Bréfritari: Þórarinn Stefánsson
Dagsetning: A-1926-09-12
Skrifað á: Vesturheimi

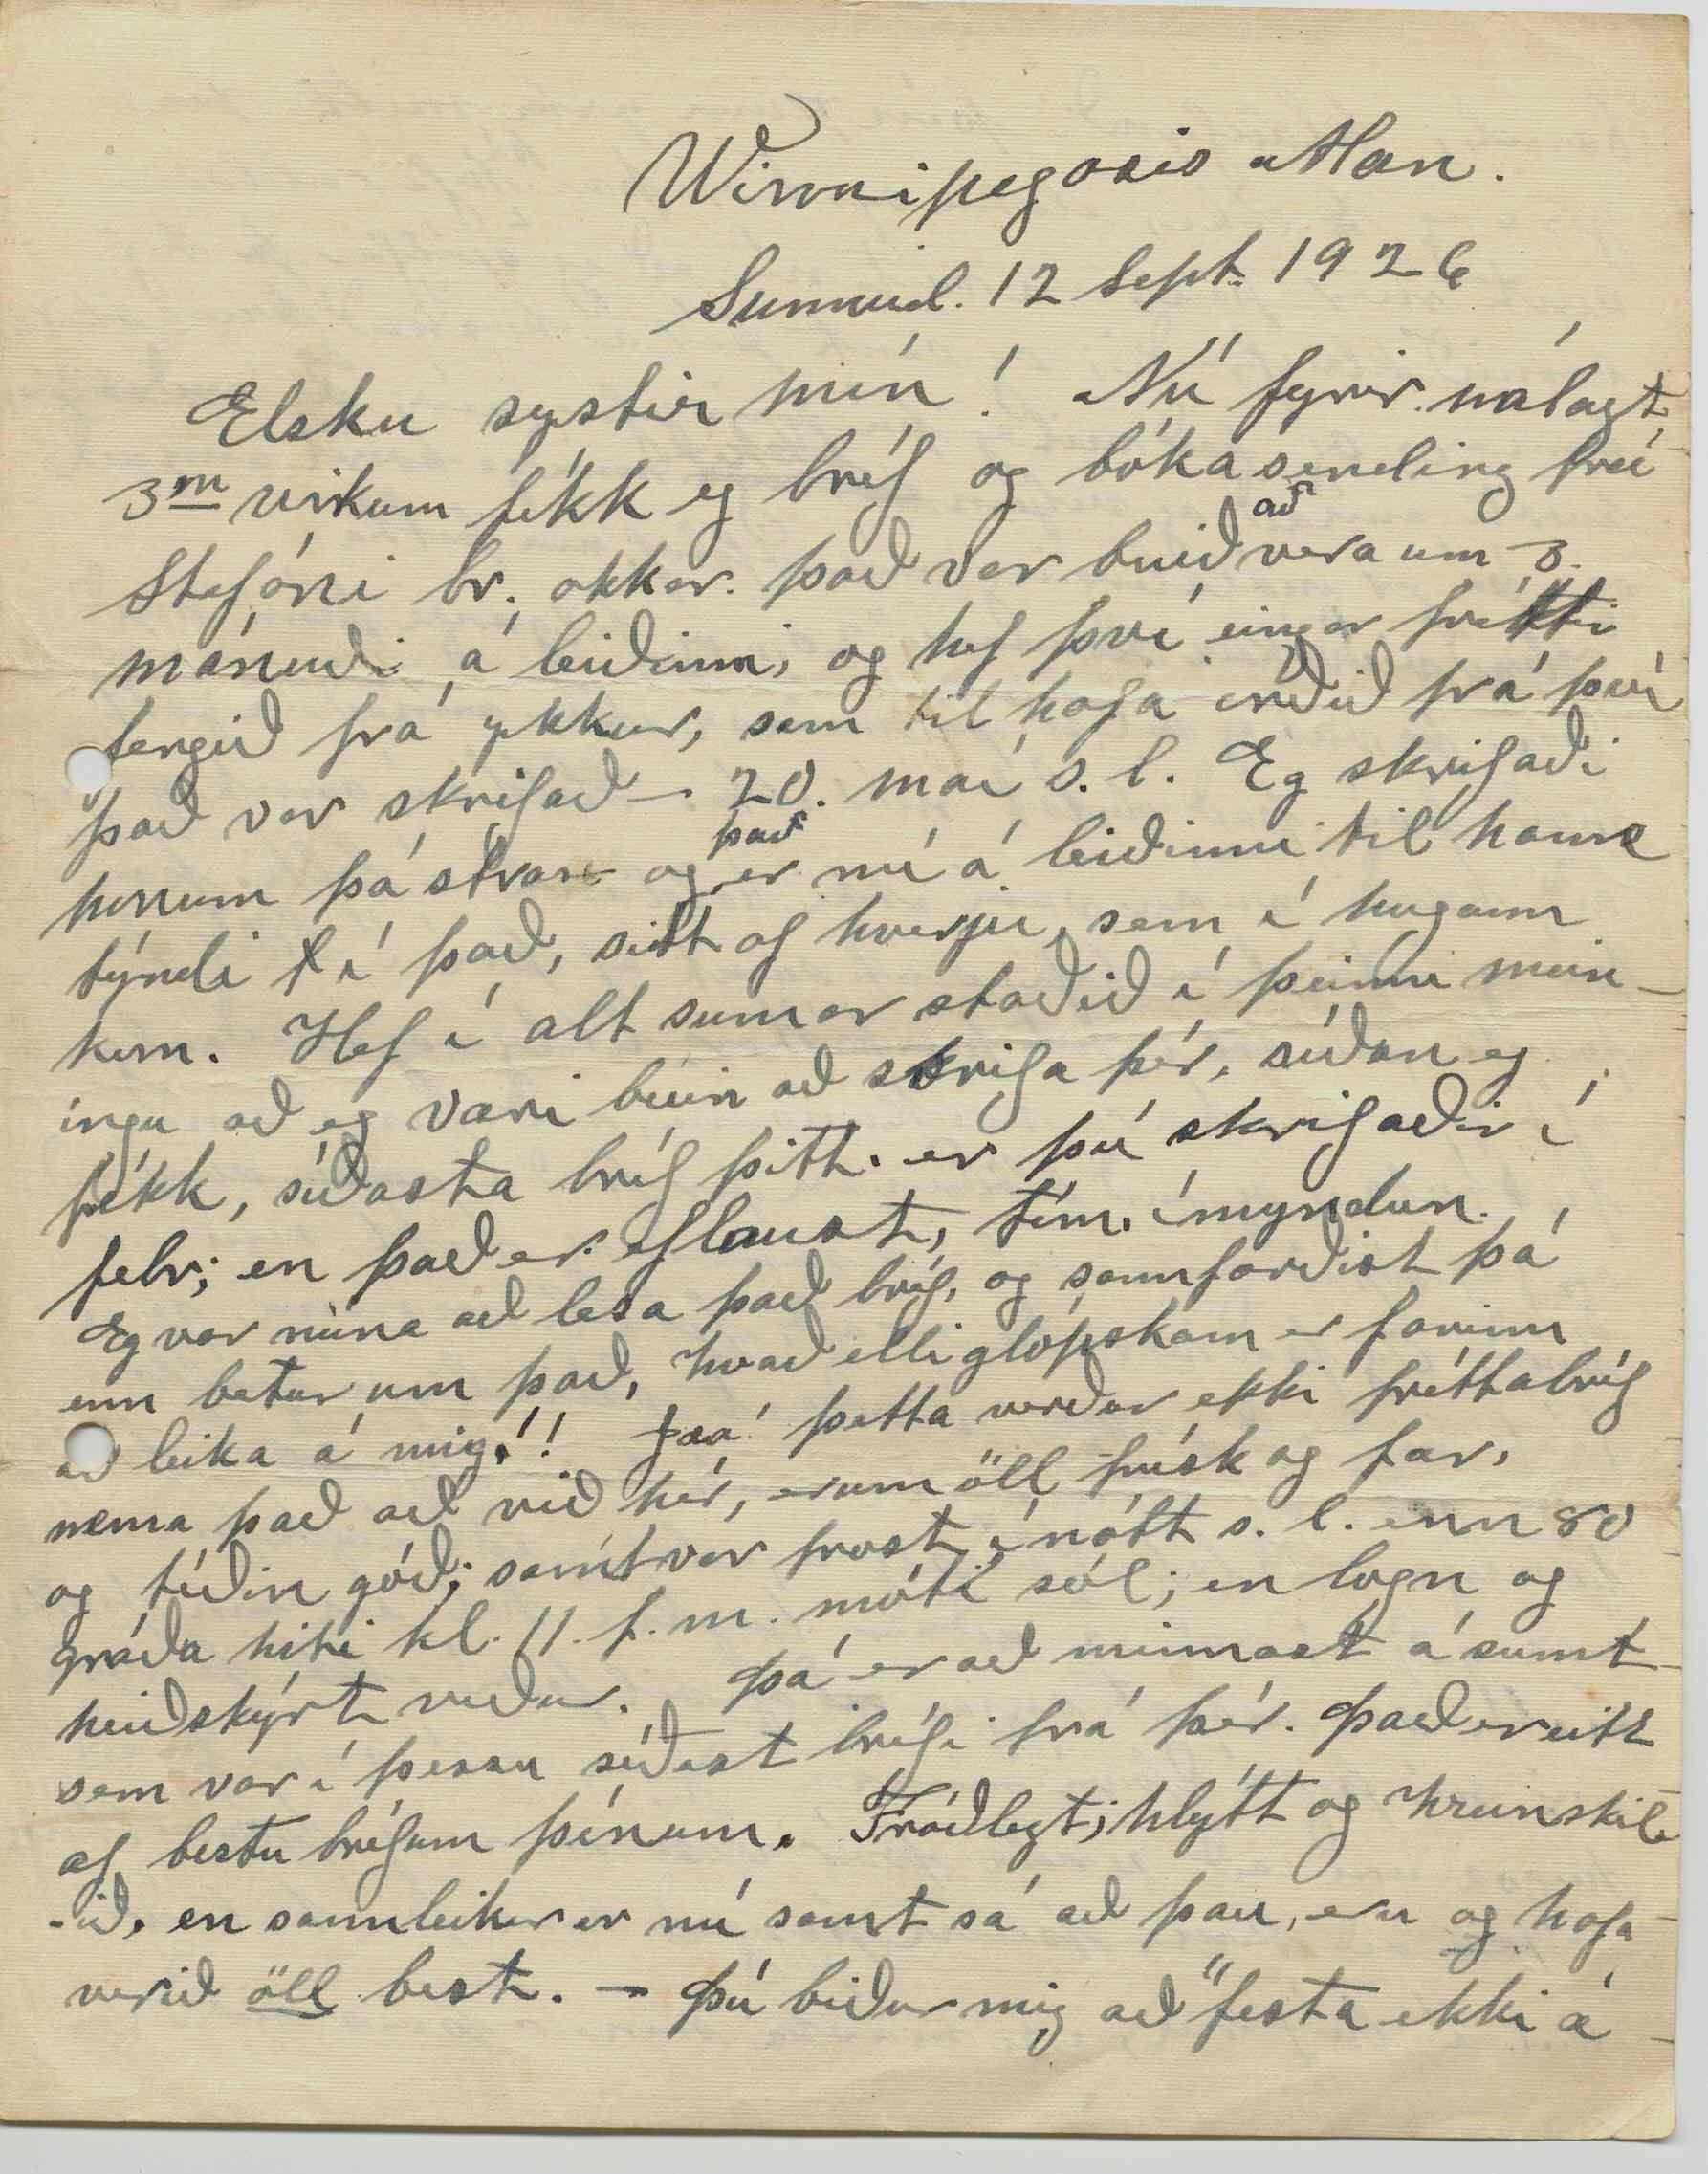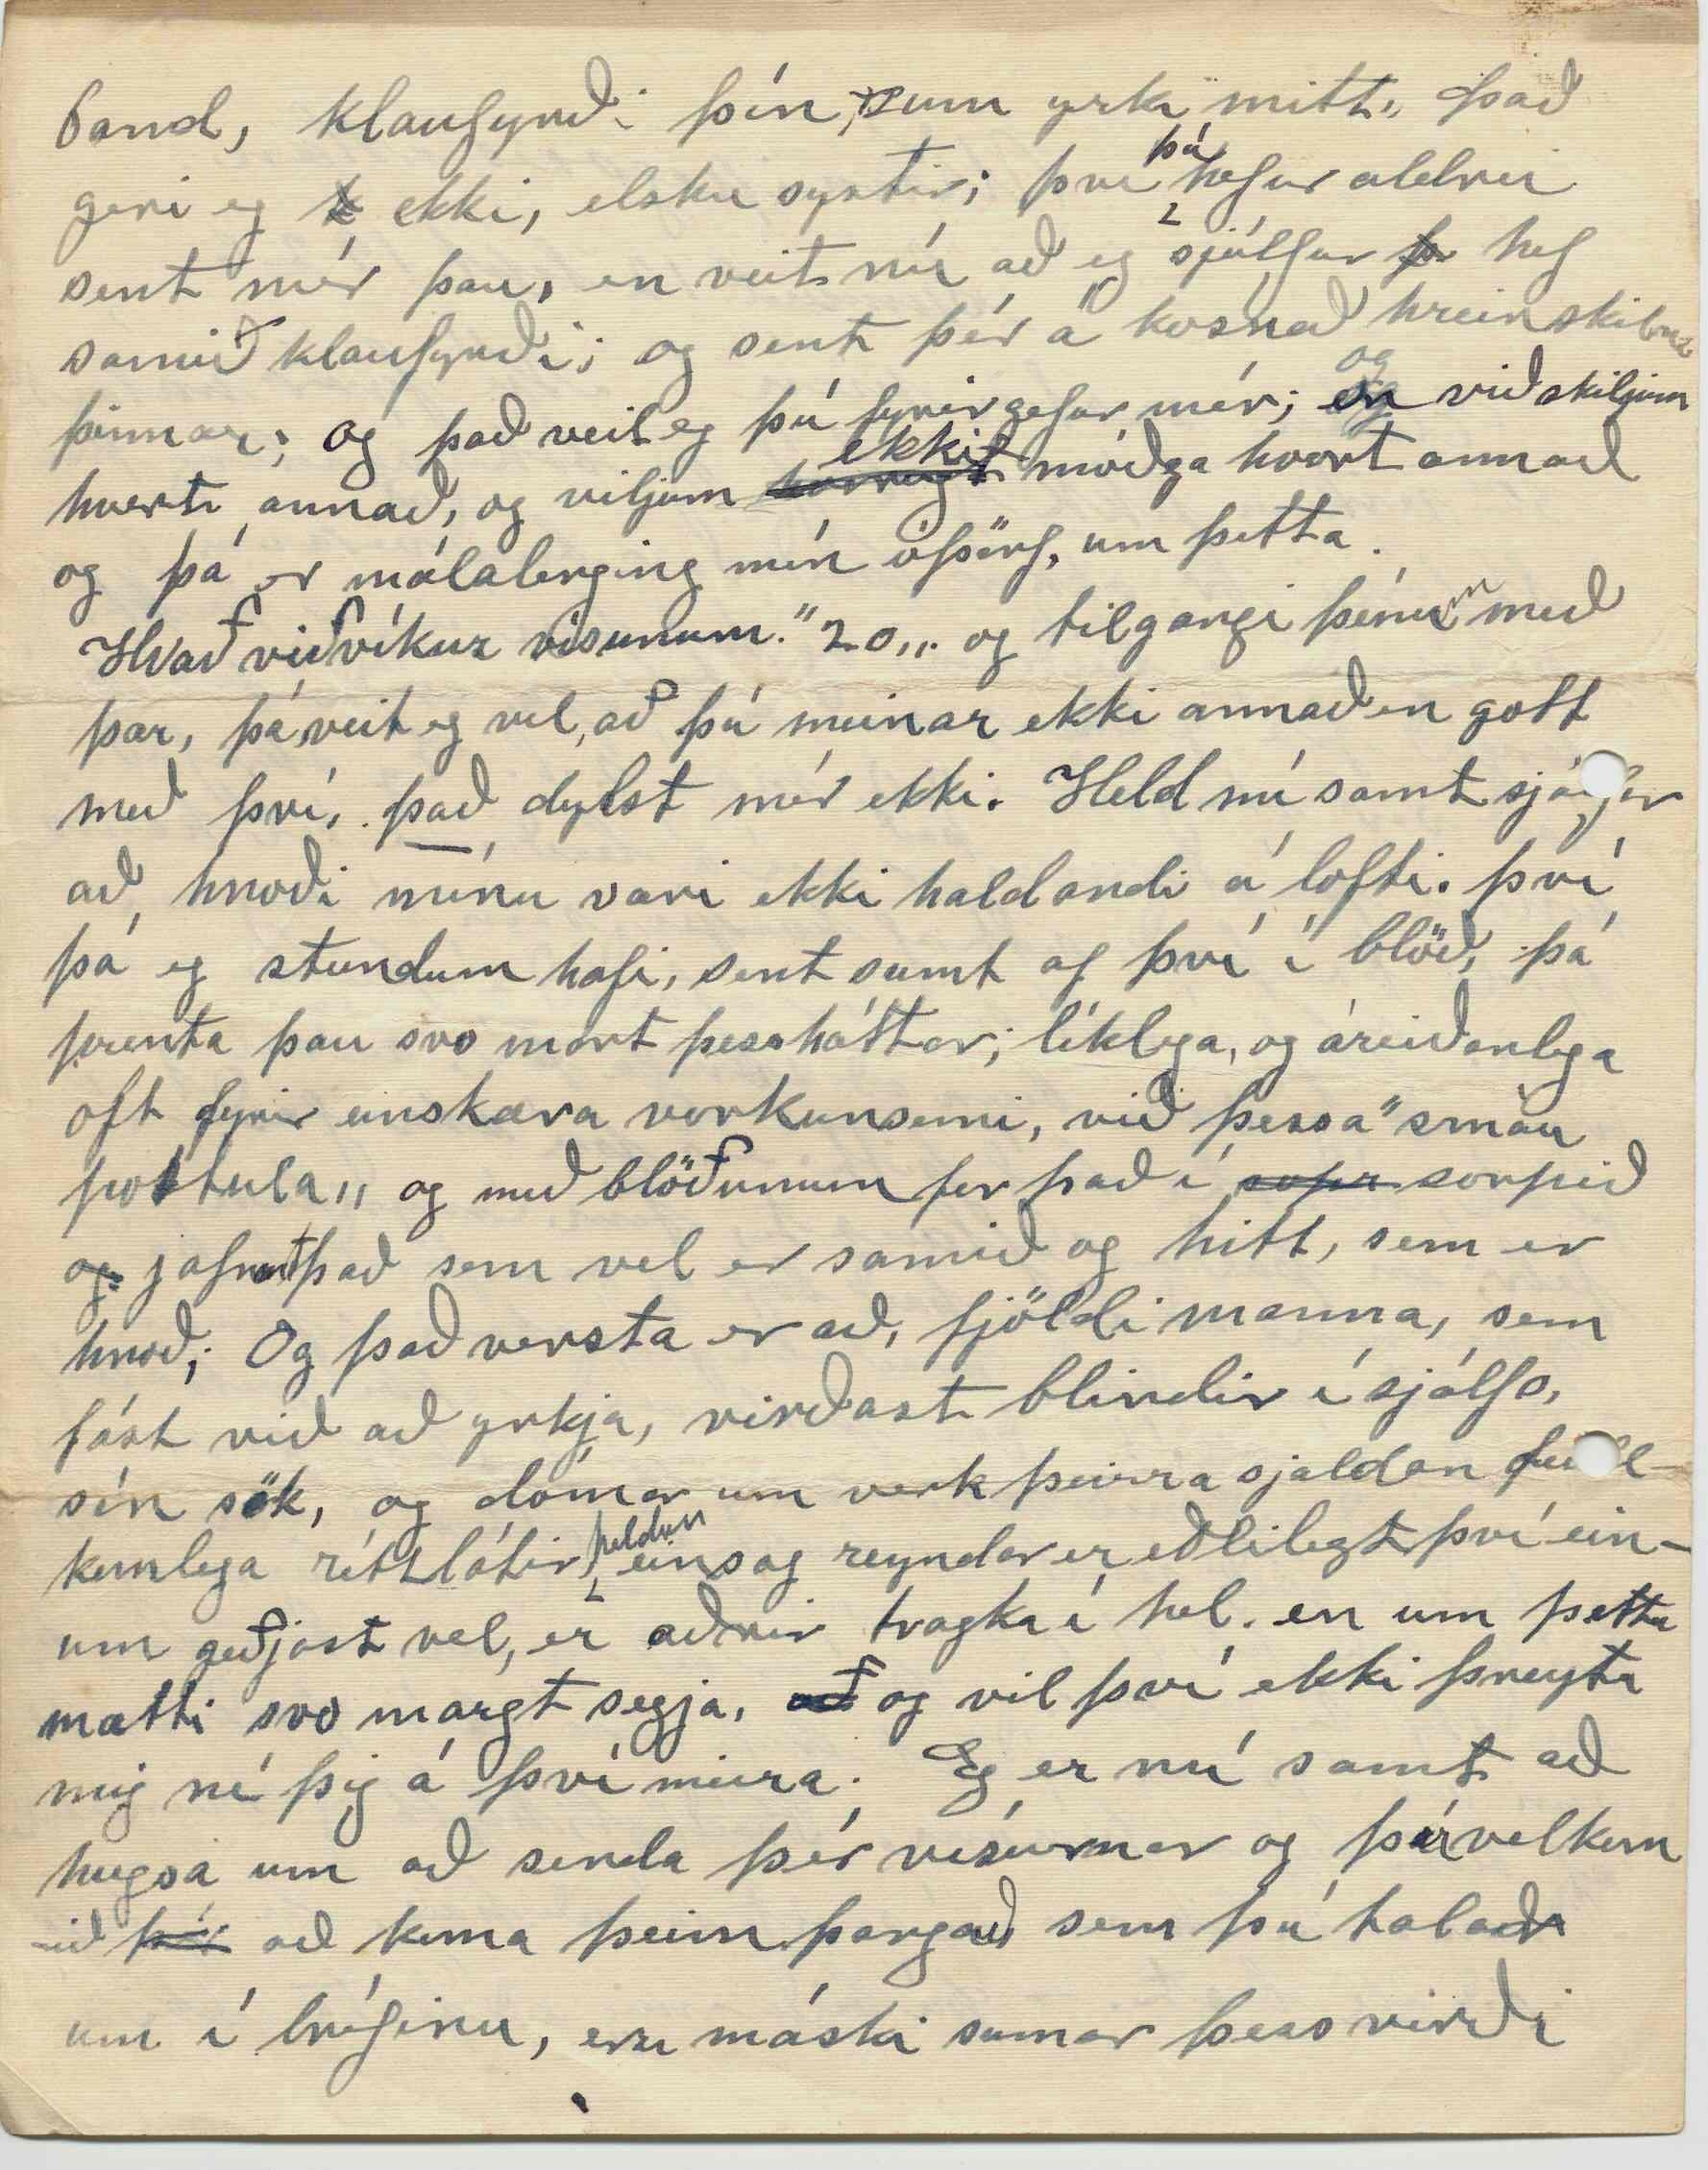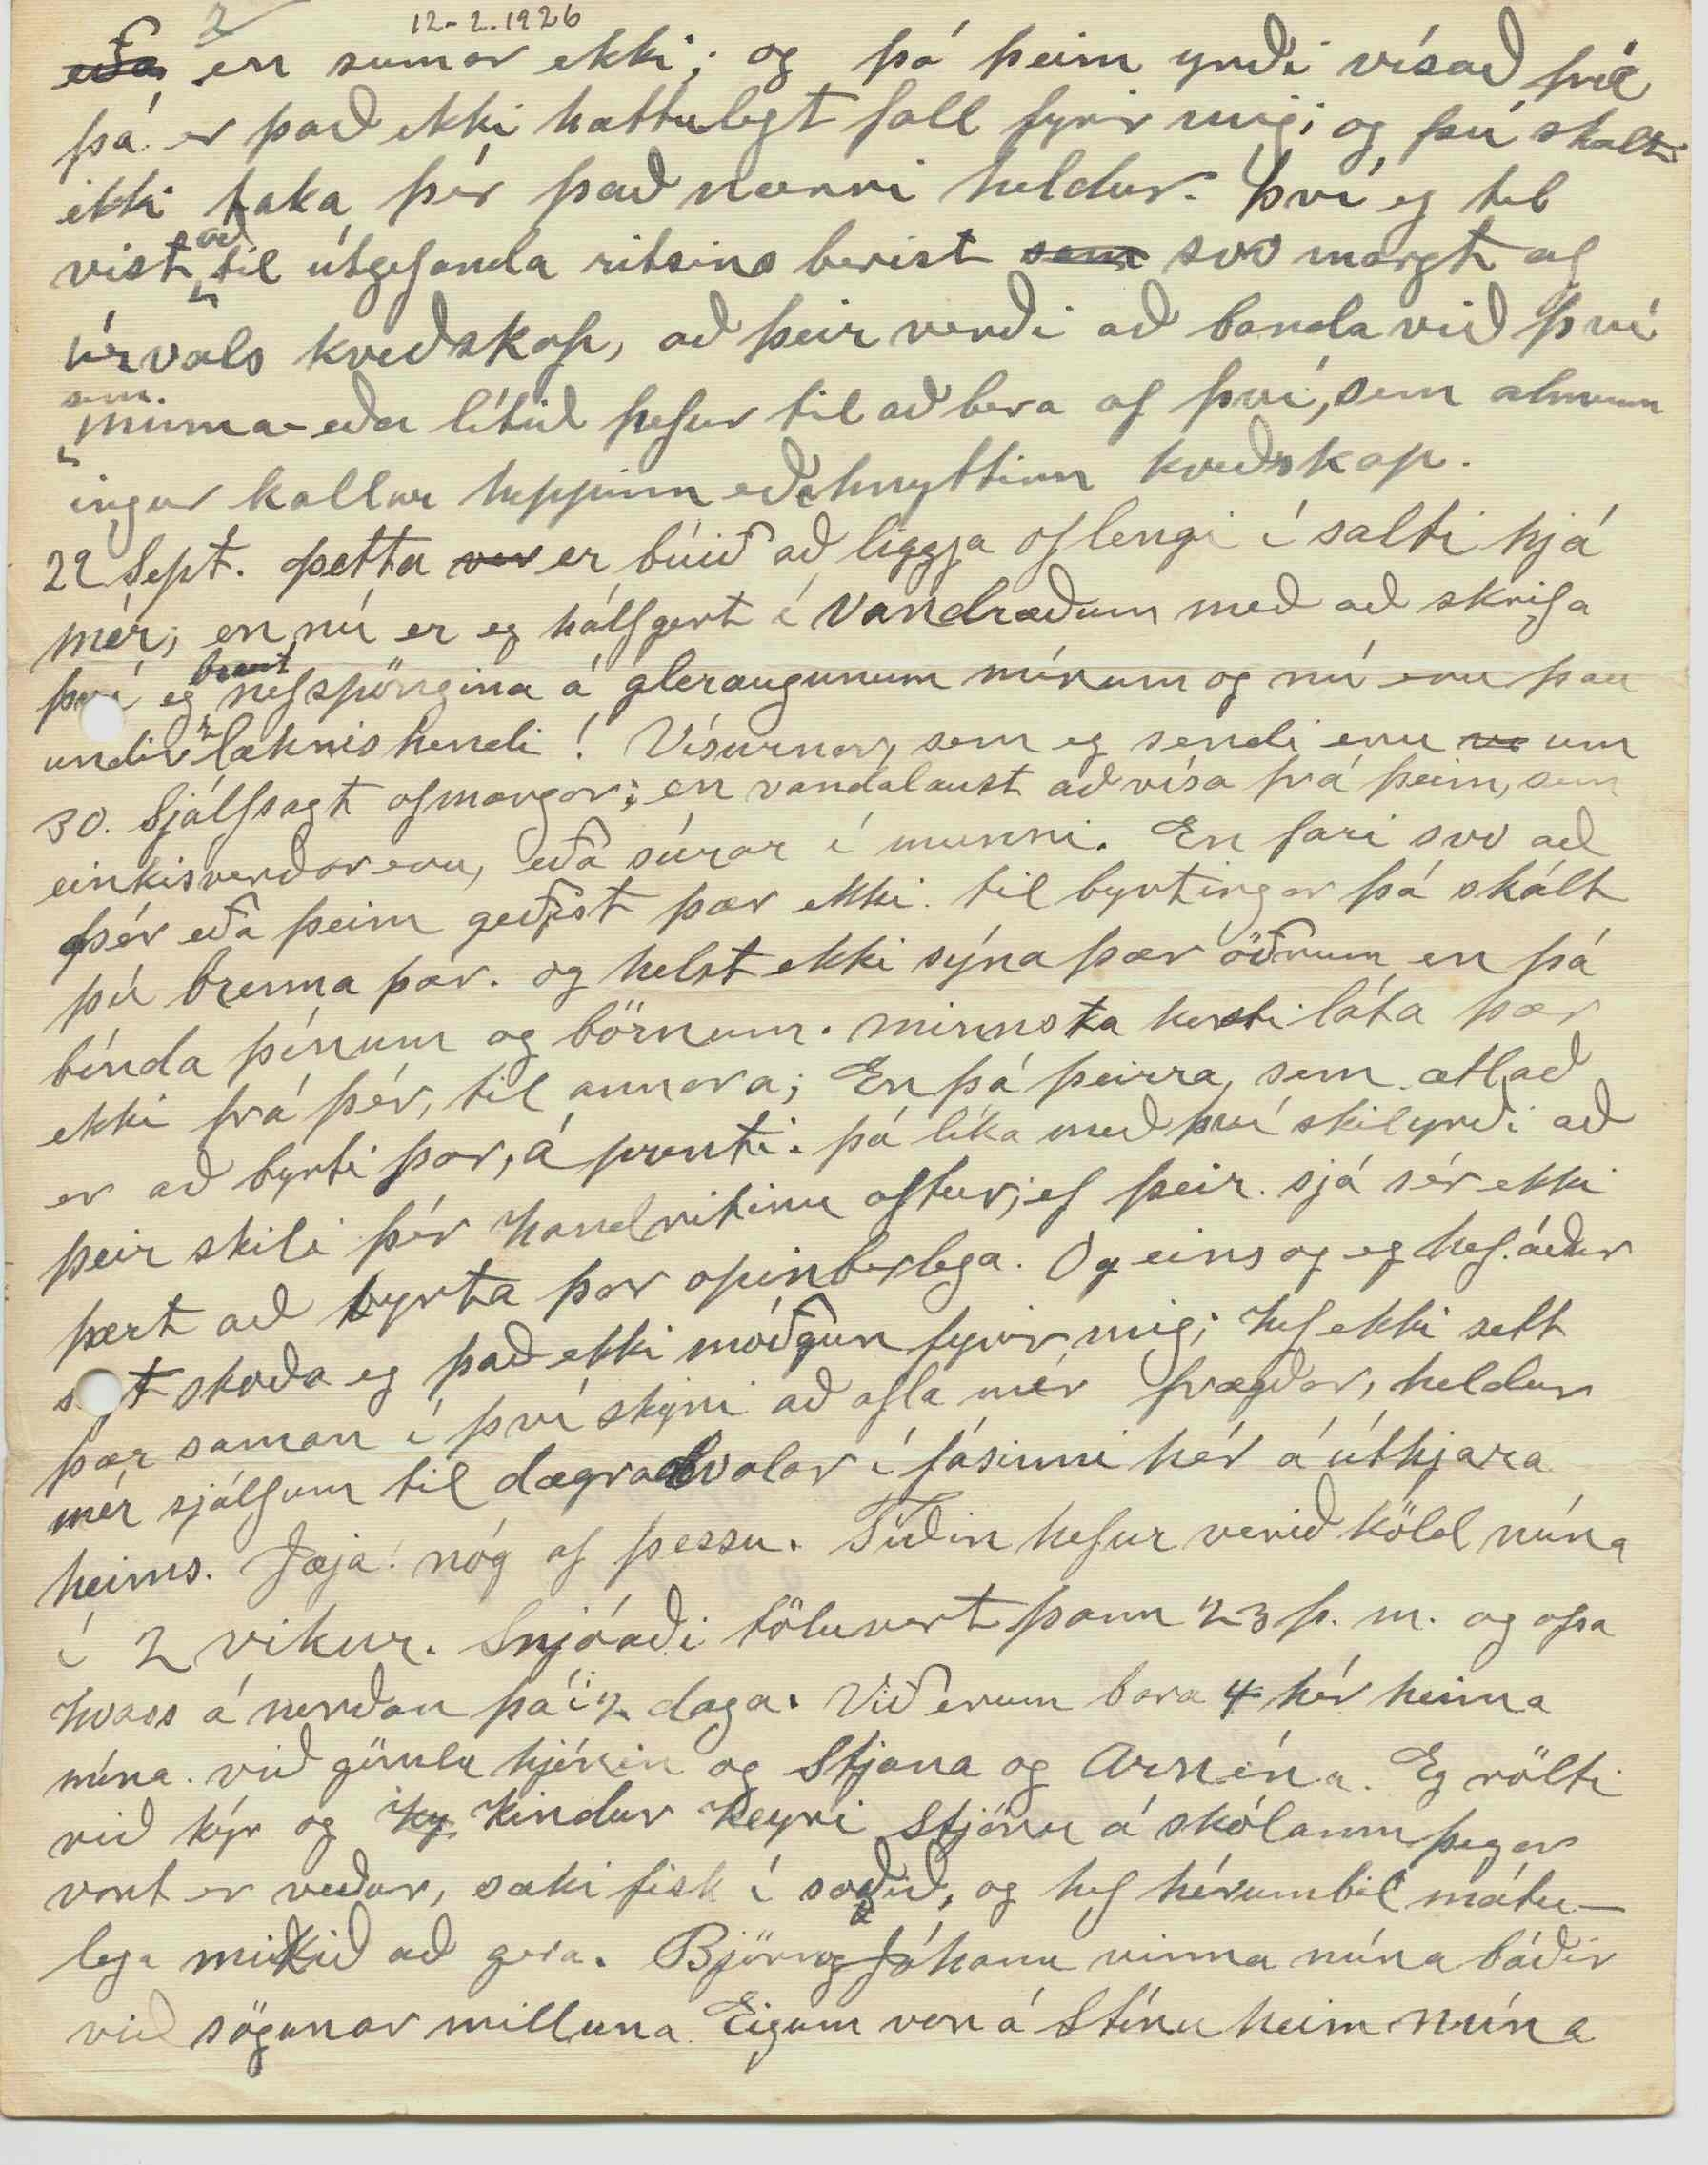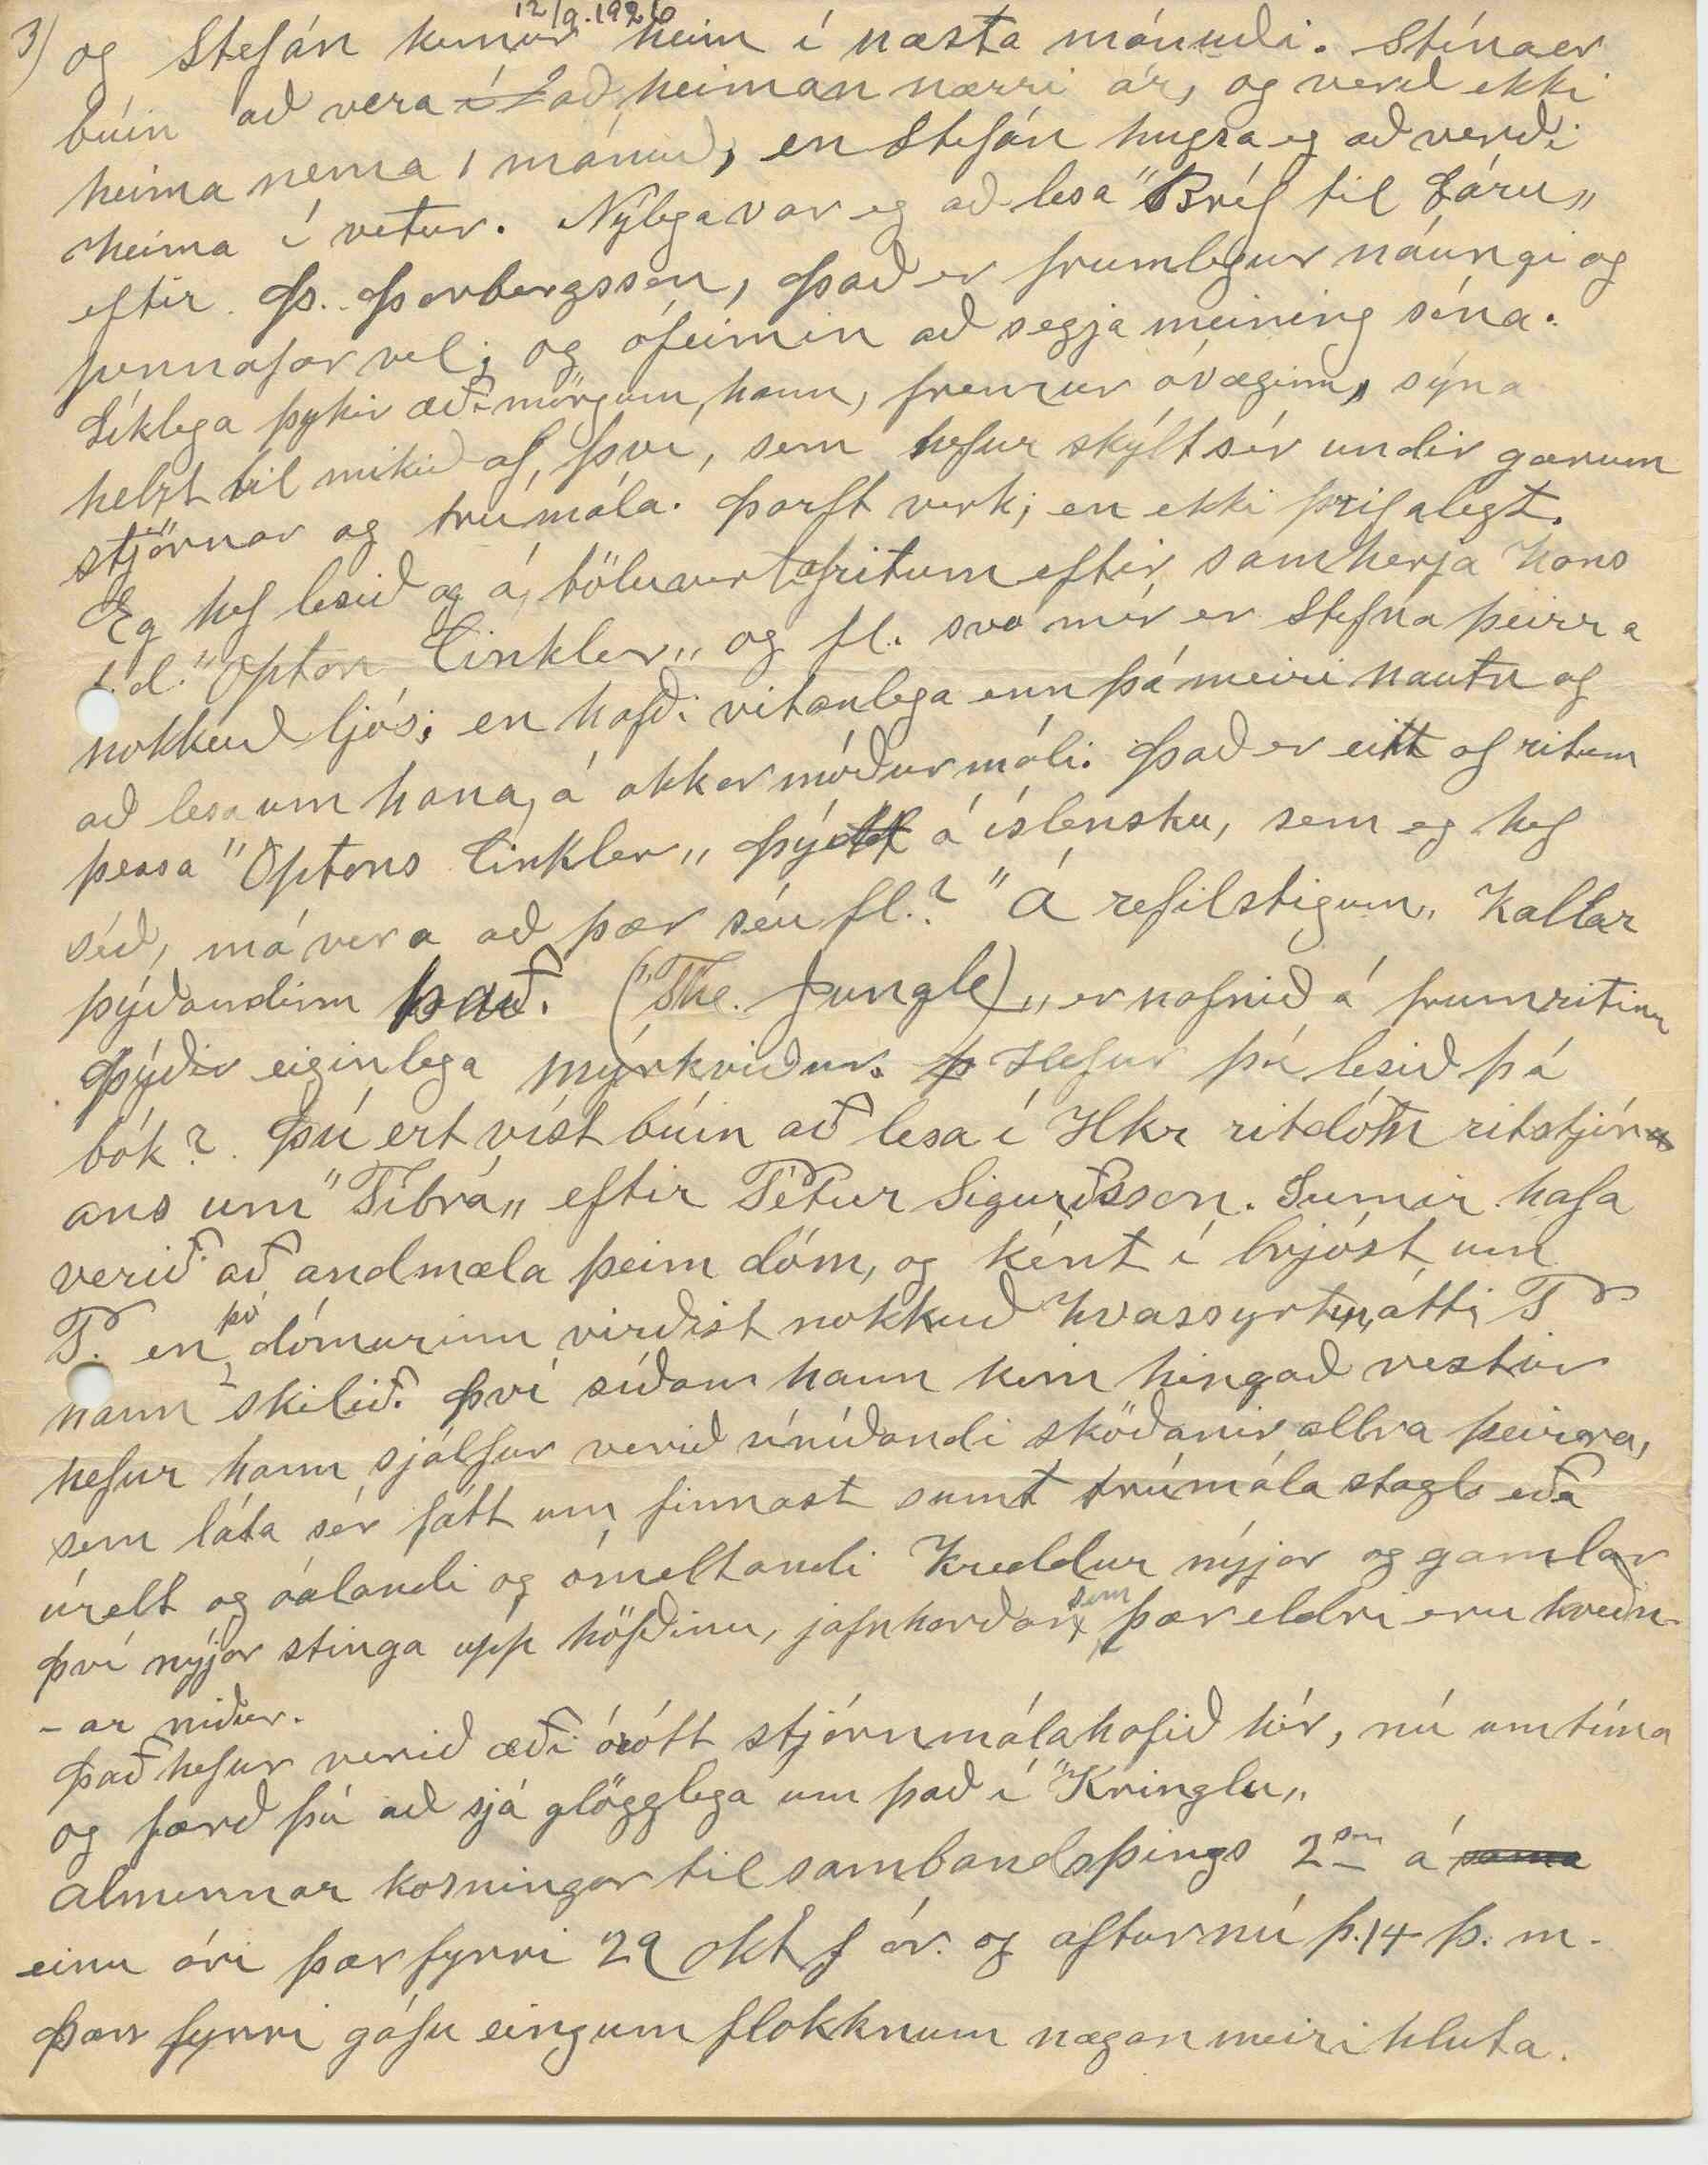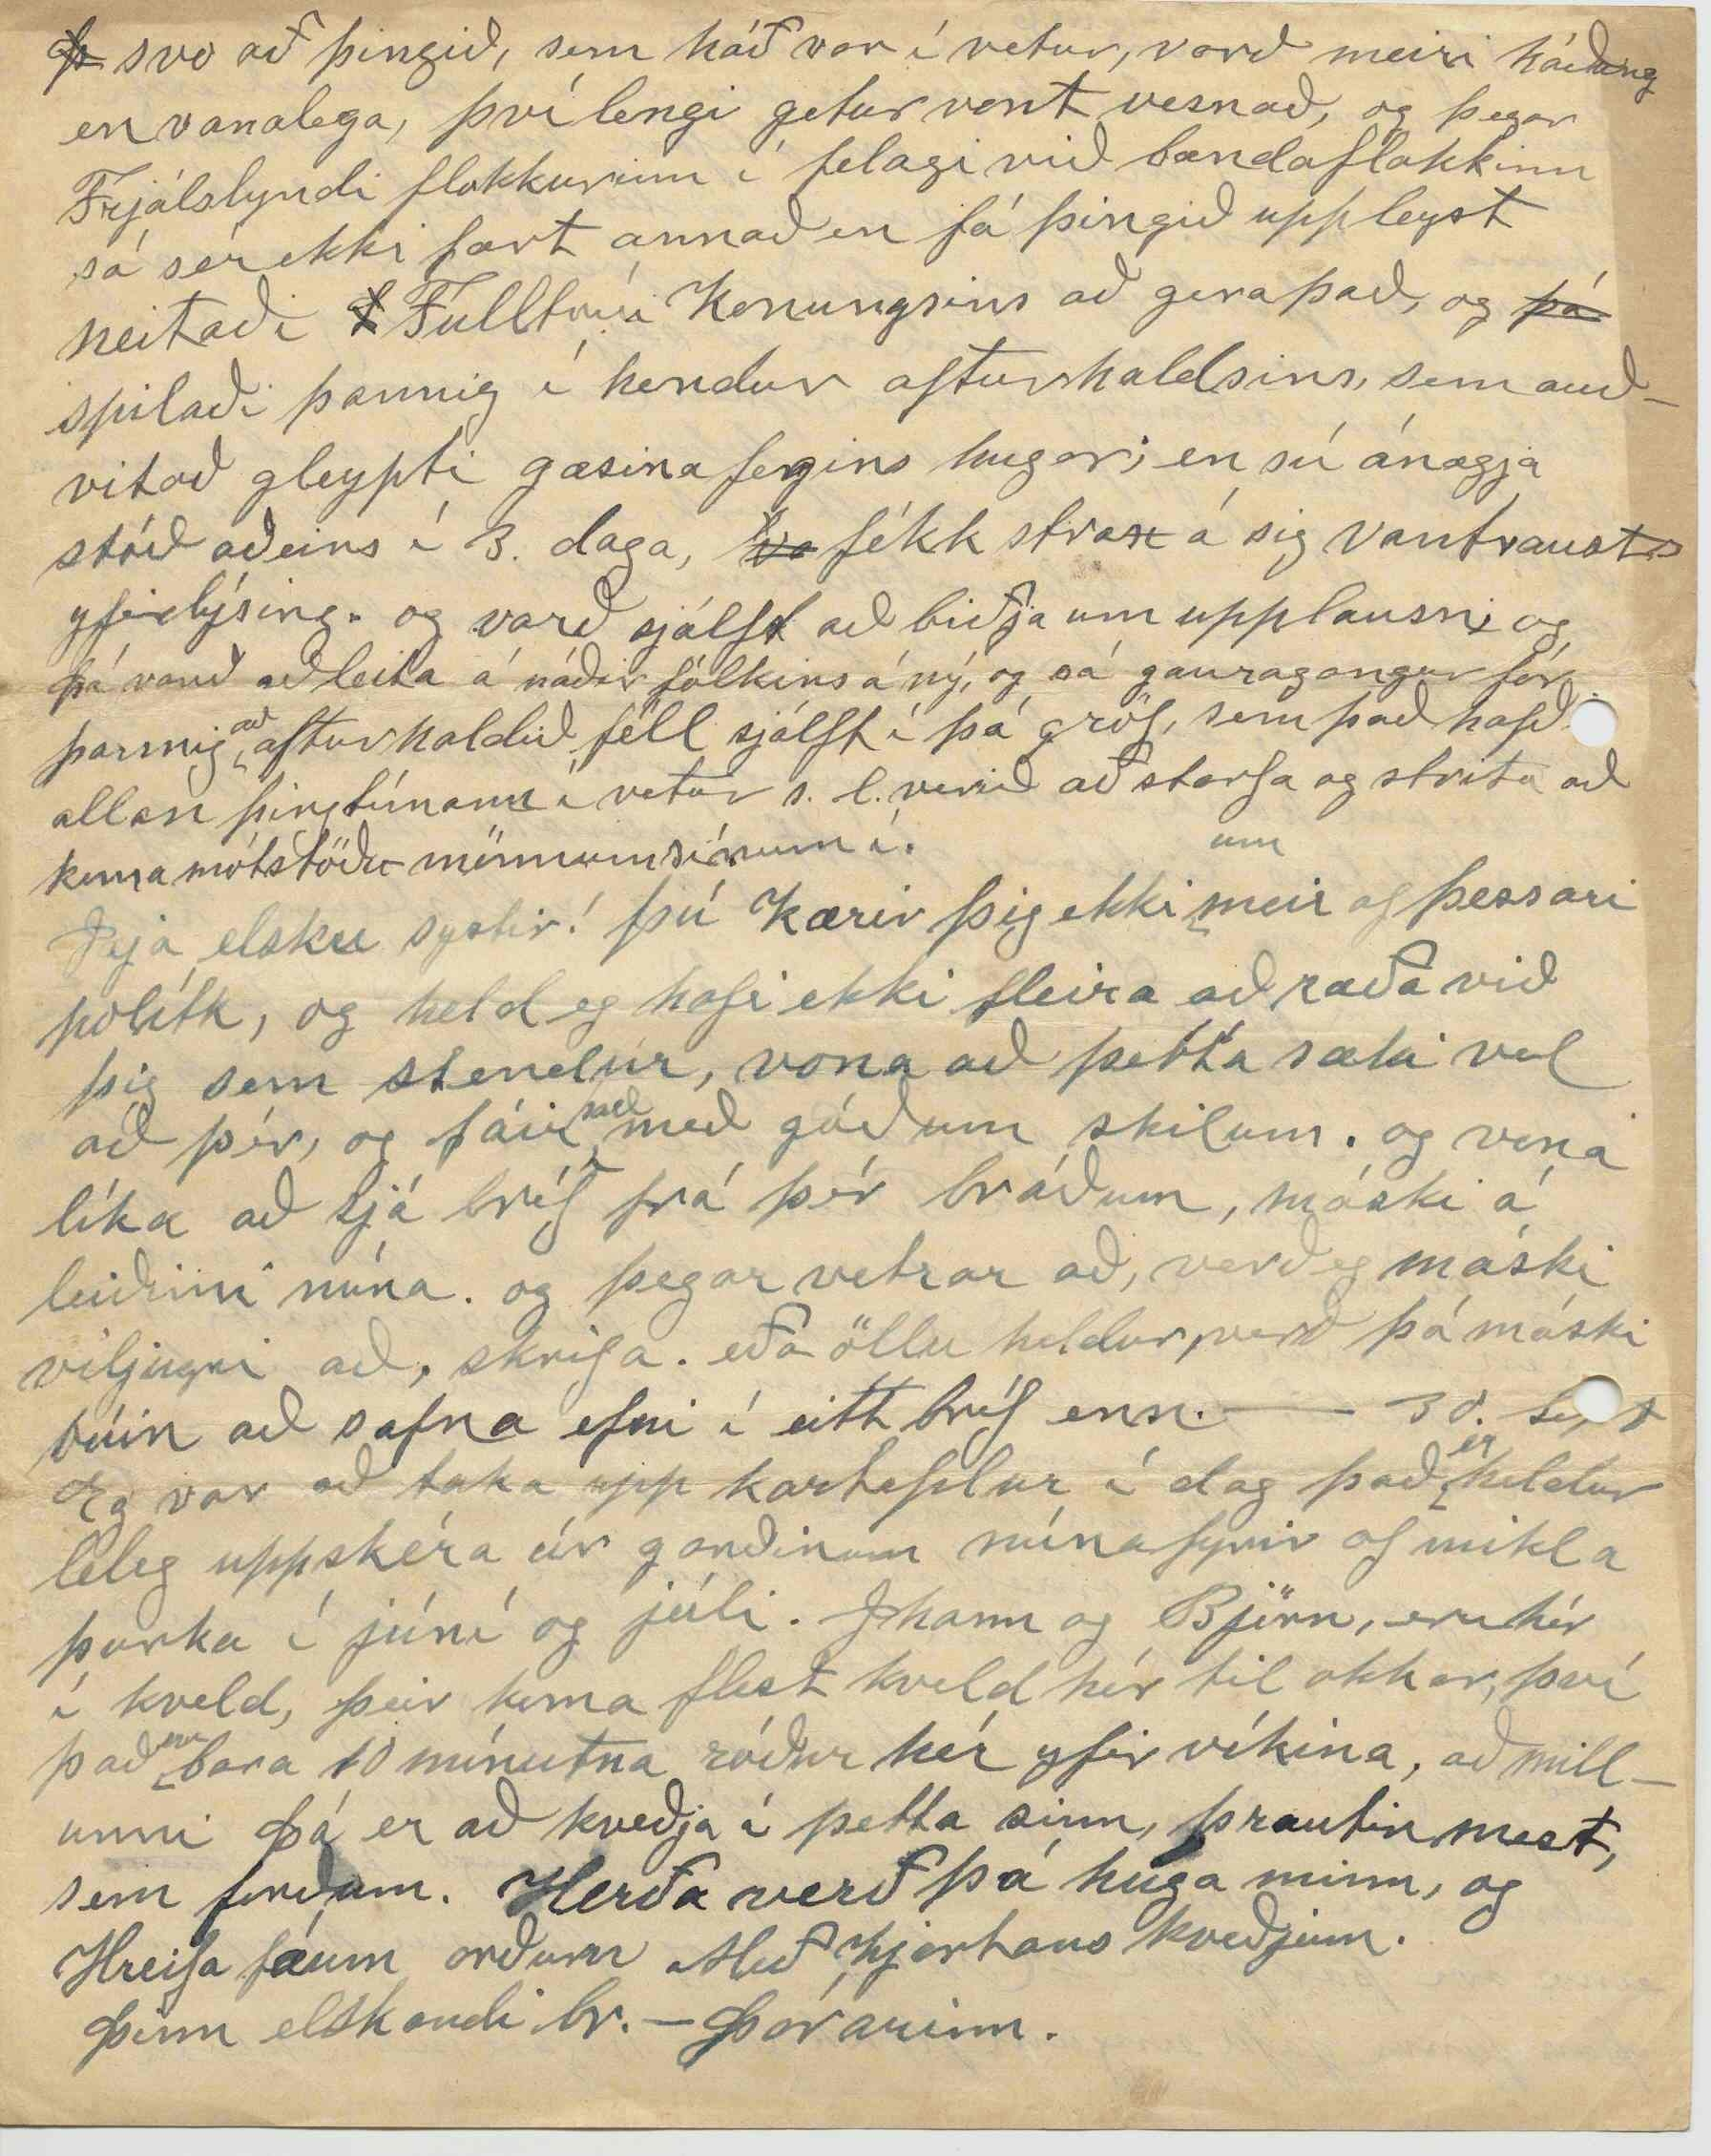

Winnipegosis Man
Sunnud. 12 Sept. 1926
Elsku systir mín! Nú fyrir nálægt 3
m
vikum fékk eg bréf og bókasending frá Stefáni br. okkar. það var buið
að
vera um 3. mánuði á leiðinni, og hef því eingar fréttir fengið frá ykkur, sem til hafa orðið frá því það var skrifað - 20. maí s.l. Eg skrifaði honum þá strax og
það
er nú á leiðinni til hans týndi
0
í það, sitt af hverju, sem í hugann kom. Hef í alt sumar staðið í þeirri meiningu að eg væri búin að skrifa þér, síðan eg fékk, síðasta bréf þitt. er þú skrifaðir í febr; en það er eflaust, tóm ímyndun. Eg var núna að lesa það bréf, og sannfærðist þá enn betur um það, hvað elliglópskan er farinn að leika á mig!! Jæa! þetta verður ekki fréttabréf nema það að við hér, erum öll frísk og fær, og tíðin góð; samt var frost í nótt s.l. enn 80 gráða hiti kl. 11. f.m. móti sól; en logn og heiðskýrt veður. Þá er að minnast á sumt sem var í þessu síðast bréfi frá þér. Það er eitt af bestu bréfum þínum. Fróðlegt; hlýtt og hreinskilið, en sannleikur er nú samt sá að þau, eru og hafa verið
öll
best. - Þú biður mig að ”festa ekki á
band, klaufyrði þín, um yrki mitt„ Það geri eg
k
ekki, elsku systir; því
þú
hefur aldrei sent mér þau, en veit nú að eg sjálfur
þ
hef samið klaufyrði; og sent þér á kosnað hreinskilni þinnar; og það veit eg þú fyrirgefur mér;
en
og við skiljum hvort annað, og viljum
hvorugt
ekki mógða hvort annað og þá er málalenging mín óþörf, um þetta.
Hvað viðvíkur vísunum. ”20„. og tilgangi þínu
m
með þær, þá veit eg vel, að þú meinar ekki annað en gott með því,
það
dylst mér ekki. Held nú samt sjálfur að hnoði mínu væri ekki haldandi á lofti. því þó eg stundum hafi, sent sumt af því í blöð, þá prenta þau svo mart þess háttar; líklega, og áreiðanlega oft fyrir einskæra vorkunsemi, við þessa ”smáu postula„ og með blöðunum fer það í
sopr
sorpið
og
jafnt það sem vel er samið og hitt, sem er hnoð; Og það versta er að, fjöldi manna, sem fást við að yrkja, virðast blindir í sjálfs sín sök, og dómar um verk þeirra sjaldan fullkomlega réttlátir
heldur
eins og reyndar er eðlilegt því einum geðjast vel, er aðrir tragka í hel. en um þetta mætti svo margt segja,
að
og vil því ekki þreyta mig né þig á því meira. Eg er nú samt að hugsa um að senda þér vísurnar og þér velkomið
þér
að koma þeim þangað sem þú talaðr um í bréfinu, eru máski sumar þess virði
eða
en sumar ekki; og þó þeim yrði vísað frá þá er það ekki hættulegt fall fyrir mig; og þú skalt ekki taka þér það nærri heldur. því eg tel vist
að
til útgefanda ritsins berist
sam
svo margt af úrvals kveðskap, að þeir verði að banda við því
sem
minna - eða lítið hefur til að bera af því, sem almenningur kallar heppinn eða hnyttinn kveðskap.
29 Sept. Þetta
var
er búið að liggja of lengi í salti hjá mér; en nú er eg hálfgert í vandræðum með að skrifa því eg
braut
nefspöngina á gleraugunum mínum og nú eru þau undir læknis hendi! Vísurnar, sem eg sendi eru
vi
um 30. Sjálfsagt of margar; en vandalaust að vísa frá þeim, sem einkis verðar eru, eða súrar í munni. En fari svo að þér eða þeim geðjist þær ekki til byrtingar þá skált þú brenna þær. og helst ekki sýna þær öðrum en þá bónda þínum og börnum. minnsta kosti láta þær ekki frá þér, til annara; En þá þeirra, sem ætlað er að byrti þær, á prenti. þá líka með því skilyrði að þeir skili þér handritinu aftur; ef þeir sjá sér ekki fært að byrta þær opinberlega. Og eins og eg hef áður
sagt
skoða eg það ekki móðgun fyrir mig; hef ekki sett þær saman í því skyni að afla mér frægðar, heldur mér sjálfum til dægradvalar í fásinni hér á úthjara heims. Jæja! nóg af þessu. Tíðin hefur verið köld núna í 2 vikur. Snjóaði töluvert þann 23 þ.m. og ofsa hvass á norðan þá í 2 daga. Við erum bara 4 hér heima núna. við gömlu hjónin og Stjana og Arnína. Eg rölti við kýr og
ky
kindur keyri Stjönu á skólann þegar vont er veður, sæki fisk í soðið, og hef hérumbil mátulega mikið að gera. Björn og Jóhann vinna núna báðir við sögunar milluna. Eigum von á Stínu heim núna
og Stefán kemur heim í næsta mánuði. Stína er búin að vera
í
að heiman nærri ár, og verð ekki heima nema 1 mánuð, en Stefán hugsa eg að verði heima í vetur. Nýlega var eg að lesa ”Bréf til Láru„ eftir Þ. Þorbergsson, Það er frumlegur náungi og pennafær vel; og ófeimin að segja meining sína. Líklega þykir æði mörgum hann, fremur óvæginn, sýna helzt til mikið af því, sem hefur skýlt sér undir gærum stjórnar og trúmála. Þarft verk; en ekki þrifalegt. Eg hef lesið og á töluvert af ritum eftir samherja hans t.d. ”Opton Cinkler„ og fl. svo mér er stefna þeirra nokkuð ljós; en hafði vitanlega enn þá meiri nautn af að lesa um hana, á okkar móðurmáli. Það er eitt af ritum þessa ”Optons Cinkler„ þý
dd
tt á íslensku, sem eg hef séð, má vera að þær séu fl.? ”Á refilstigum„ kallar þýðandinn það. (”The Jungle)„ er nafnið á frumritinu Þýðir eiginlega mýrkviður.
þ
Hefur þú lesið þá bók? Þú ert víst búin að lesa í Hkr ritdóm ritstjórans um ”Tíbrá„ eftir Pétur Sigurðsson. Sumir hafa verið að andmæla þeim dóm, og ként í brjóst um P. en
þó
dómurinn virðist nokkuð hvassyrtur, átti P. hann skilið. Því síðan hann kom hingað vestur hefur hann sjálfur verið síníðandi sköðanir allra þeirra, sem láta sér fátt um finnast sumt trúmála stagl eða úrelt og óalandi og ómeltandi kreddur nýjar og gamlar Því nýjar stinga upp höfðinu, jafnharðan
sem
þær eldri eru kveðnar niður.
Það hefur verið æði órótt stjórnmálahafið hér, nú um tíma og færð þú að sjá glögglega um það í ”Kringlu„ almennar kosningar til sambandsþings 2
sm
á
sama
einu ári þær fyrri 29 okt f ár. og aftur nú þ. 14 þ.m. Þær fyrri gáfu eingum flokknum nægan meiri hluta.
Þ
svo að þingið, sem háð var í vetur, varð meiri háðung en vanalega, því lengi getur vont vesnað, og þegar Frjálslyndi flokkurinn í felagi við bændaflokkinn sá sér ekki fært annað en fá þingið uppleyst neitaði
0
Fulltrúi konungsins að gera það, og
þá
spilaði þannig í hendur afturhaldsins, sem auðvitað gleypti gæsina fegins hugar; en sú ánægja stóð aðeins í 3. daga,
va
fékk strax á sig vantraustsyfirlýsing. og varð sjálft að biðja um upplausn; og þá varð að leita á náðir fólkins á ný, og sá gauragangur fór þannig
að
afturhaldið féll sjálft í þá gröf, sem það hafði allan þingtímann í vetur s.l. verið að starfa og strita að koma mótstöðu-mönnum sínum í.
Jæja elsku systir! þú kærir þig ekki
um
meir af þessari polítk, og held eg hafi ekki fleira að ræða við þig sem stendur, vona að þetta sæki vel að þér, og fáir
það
með góðum skilum. og vona líka að sjá bréf frá þér bráðum, máski á leiðinni núna. og þegar vetrar að, verð eg máski viljugri að, skrifa. eða öllu heldur, verð þá máski búin að safna efni í eitt bréf enn.
30. Sept
Eg var að taka upp kartoplur í dag það
er
heldur léleg uppskéra úr garðinum núna fyrir of mikla þurka í júní og júli. Jhann og Björn, eru hér í kveld, þeir koma flest kveld hér til okkar, því það
er
bara 10 mínutna róður hér yfir víkina, að millunni Þá er að kveðja í þetta sinn, þrautin mest, sem forðum. Herða verð þá huga minn, og Hreifa fáum orðum Með hjartans kveðjum.
Þinn elskandi br. - Þórarinn